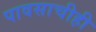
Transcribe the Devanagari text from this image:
पावसाचीही